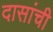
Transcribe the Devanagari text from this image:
दासांची